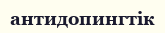
антидопингтік